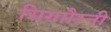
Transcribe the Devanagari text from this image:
सिगाौरनी